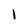
Character: 1